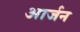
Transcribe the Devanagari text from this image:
आर्जन